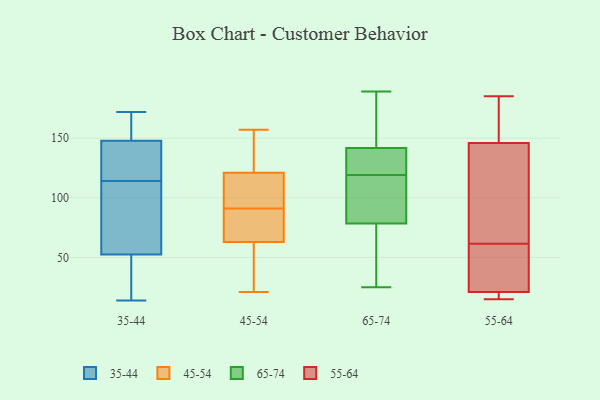
{"axis": {"x": "Population (Million)", "y": "Value"}, "legend": ["35-44", "45-54", "55-64", "65-74"], "data": [{"x": "", "y": 14, "type": "35-44"}, {"x": "", "y": 34, "type": "35-44"}, {"x": "", "y": 153, "type": "35-44"}, {"x": "", "y": 18, "type": "35-44"}, {"x": "", "y": 168, "type": "35-44"}, {"x": "", "y": 158, "type": "35-44"}, {"x": "", "y": 129, "type": "35-44"}, {"x": "", "y": 163, "type": "35-44"}, {"x": "", "y": 132, "type": "35-44"}, {"x": "", "y": 172, "type": "35-44"}, {"x": "", "y": 127, "type": "35-44"}, {"x": "", "y": 114, "type": "35-44"}, {"x": "", "y": 45, "type": "35-44"}, {"x": "", "y": 104, "type": "35-44"}, {"x": "", "y": 119, "type": "35-44"}, {"x": "", "y": 112, "type": "35-44"}, {"x": "", "y": 85, "type": "35-44"}, {"x": "", "y": 75, "type": "35-44"}, {"x": "", "y": 42, "type": "35-44"}, {"x": "", "y": 63, "type": "45-54"}, {"x": "", "y": 85, "type": "45-54"}, {"x": "", "y": 74, "type": "45-54"}, {"x": "", "y": 21, "type": "45-54"}, {"x": "", "y": 136, "type": "45-54"}, {"x": "", "y": 121, "type": "45-54"}, {"x": "", "y": 26, "type": "45-54"}, {"x": "", "y": 157, "type": "45-54"}, {"x": "", "y": 108, "type": "45-54"}, {"x": "", "y": 97, "type": "45-54"}, {"x": "", "y": 124, "type": "65-74"}, {"x": "", "y": 189, "type": "65-74"}, {"x": "", "y": 112, "type": "65-74"}, {"x": "", "y": 36, "type": "65-74"}, {"x": "", "y": 48, "type": "65-74"}, {"x": "", "y": 164, "type": "65-74"}, {"x": "", "y": 102, "type": "65-74"}, {"x": "", "y": 159, "type": "65-74"}, {"x": "", "y": 79, "type": "65-74"}, {"x": "", "y": 128, "type": "65-74"}, {"x": "", "y": 77, "type": "65-74"}, {"x": "", "y": 114, "type": "65-74"}, {"x": "", "y": 131, "type": "65-74"}, {"x": "", "y": 164, "type": "65-74"}, {"x": "", "y": 119, "type": "65-74"}, {"x": "", "y": 136, "type": "65-74"}, {"x": "", "y": 25, "type": "65-74"}, {"x": "", "y": 21, "type": "55-64"}, {"x": "", "y": 169, "type": "55-64"}, {"x": "", "y": 75, "type": "55-64"}, {"x": "", "y": 38, "type": "55-64"}, {"x": "", "y": 151, "type": "55-64"}, {"x": "", "y": 110, "type": "55-64"}, {"x": "", "y": 36, "type": "55-64"}, {"x": "", "y": 164, "type": "55-64"}, {"x": "", "y": 185, "type": "55-64"}, {"x": "", "y": 20, "type": "55-64"}, {"x": "", "y": 146, "type": "55-64"}, {"x": "", "y": 48, "type": "55-64"}, {"x": "", "y": 121, "type": "55-64"}, {"x": "", "y": 111, "type": "55-64"}, {"x": "", "y": 33, "type": "55-64"}, {"x": "", "y": 20, "type": "55-64"}, {"x": "", "y": 19, "type": "55-64"}, {"x": "", "y": 15, "type": "55-64"}]}